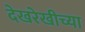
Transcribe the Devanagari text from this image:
देखरेखीच्या